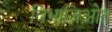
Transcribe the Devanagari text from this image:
विभाजिओत